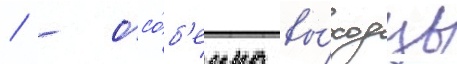
/ - осо́б'енно вы́ходцы